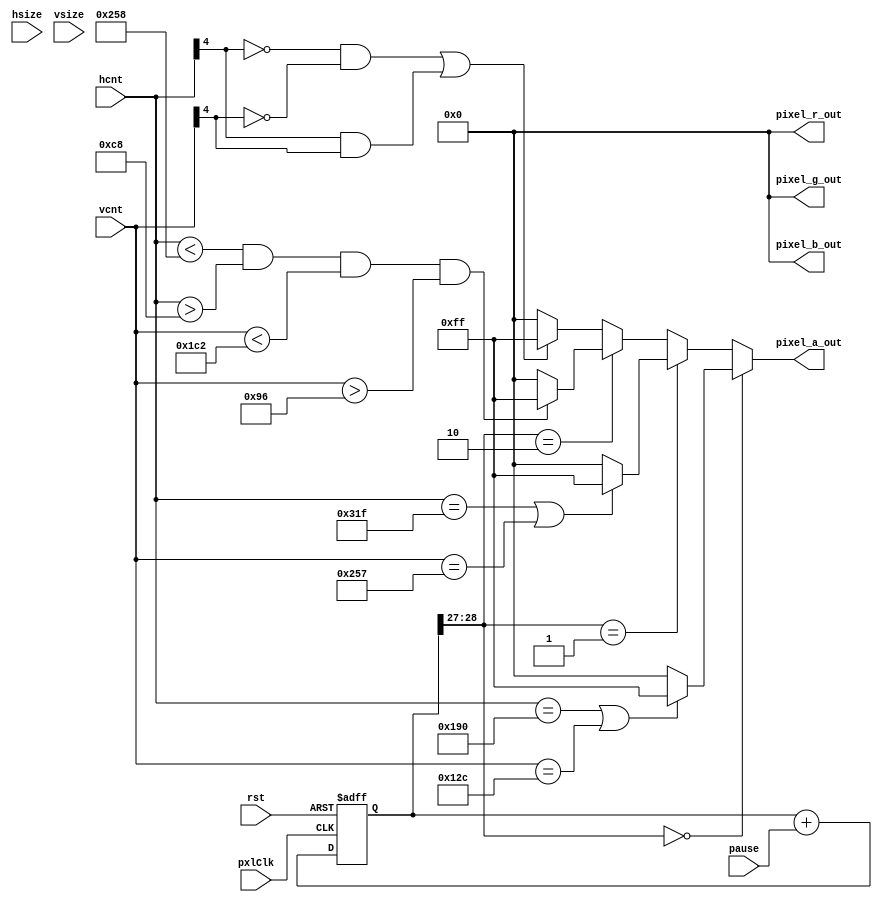
/*
--   : 2015-05-05
--   : EP4CE22F17C8
--   : pxlClk<=165MHz
--   : rst
              h/vcnth/vsize
              pixel_*_out
*/
module simple(
  input wire pxlClk,
  input wire rst,
  input wire[11:0] hcnt,
  input wire[11:0] vcnt,
  input wire[11:0] hsize,
  input wire[11:0] vsize,
  
  output wire[7:0] pixel_r_out,
  output wire[7:0] pixel_g_out,
  output wire[7:0] pixel_b_out,
  output wire[7:0] pixel_a_out,
  
  input wire pause
);

reg[32:0] counter;
wire[1:0] picNum;
wire[7:0] realAlpha;

always @(posedge pxlClk or negedge rst) begin
  if(!rst) begin
    counter <= 0;
  end else begin
    counter <= counter + pause;
  end
end

assign picNum = counter[28:27];

assign pixel_a_out = realAlpha;
assign {pixel_r_out, pixel_g_out, pixel_b_out, realAlpha} = 
  (picNum == 2'd0)?(
    (hcnt == 11'd400 || vcnt == 11'd300) ? 32'h00_00_00_ff : 32'h00_00_00_00
  ):((picNum == 2'd1)?(
    (hcnt == 11'd799 || vcnt == 11'd599) ? 32'h00_00_00_ff : 32'h00_00_00_00
  ):((picNum == 2'd2)?(
    (hcnt < 11'd600 && hcnt > 11'd200 && vcnt < 11'd 450 && vcnt > 11'd150) ? 32'h00_00_00_ff: 32'h00_00_00_00
  ):(
    ((hcnt[4] == 0 && vcnt[4] == 0) || (hcnt[4] == 1 && vcnt[4] == 1)) ? 32'h00_00_00_ff: 32'h00_00_00_00
  )));
  

endmodule